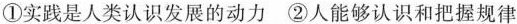
①实践是人类认识发展的动力②人能够认识和把握规律